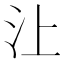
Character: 𰛈